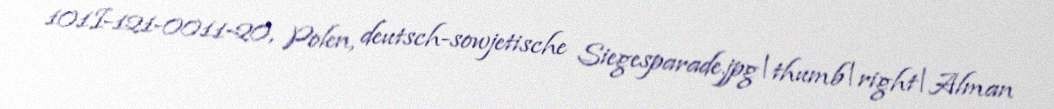
101I-121-0011-20, Polen, deutsch-sowjetische Siegesparade.jpg|thumb|right|Alman